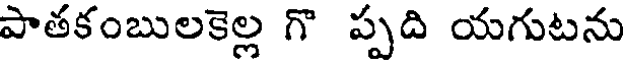
పాతకంబులకెల్ల గొ ప్పది యగుటను